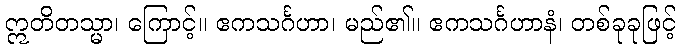
ဣတိတသ္မာ၊ ကြောင့်။ ဧကသင်္ဂဟာ၊ မည်၏။ ဧကသင်္ဂဟာနံ၊ တစ်ခုခုဖြင့်